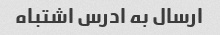
ارسال به ادرس اشتباه